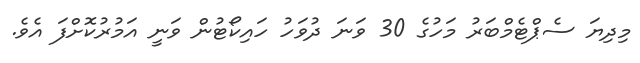
މިދިޔަ ސެޕްޓެމްބަރު މަހުގެ 30 ވަނަ ދުވަހު ހައިކޯޓުން ވަނީ އަމުރުކޮށްފަ އެވެ.